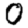
Digit: 0